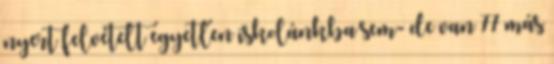
nyert felvételt egyetlen iskolánkba sem- de van 77 más